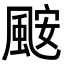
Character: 𮨪